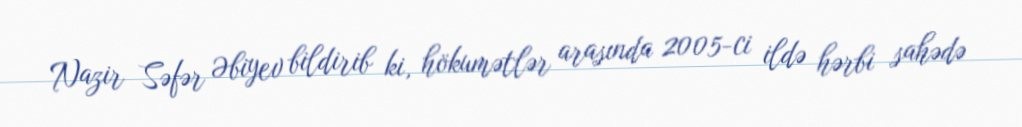
Nazir Səfər Əbiyev bildirib ki, hökumətlər arasında 2005-ci ildə hərbi sahədə